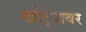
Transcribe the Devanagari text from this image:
खोर्‍यावर